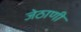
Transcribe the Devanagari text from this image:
जेठाणी